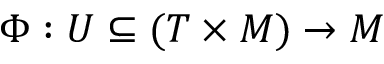
\Phi : U \subseteq ( T \times M ) \to M